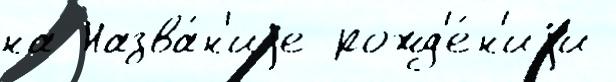
на Назва́н'иjе рожд'е́н'иjи